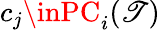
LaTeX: c_{j}\inPC_{i}(\mathscr{T})